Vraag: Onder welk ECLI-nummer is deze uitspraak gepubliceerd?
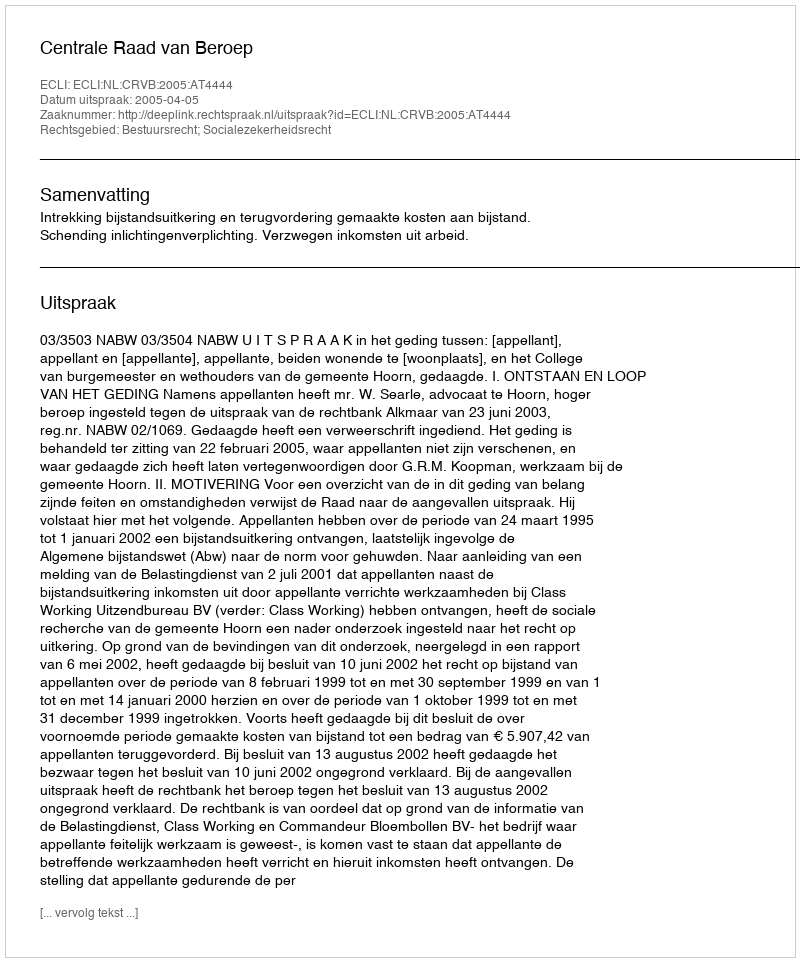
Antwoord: ECLI:NL:CRVB:2005:AT4444